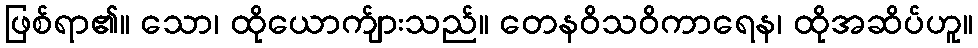
ဖြစ်ရာ၏။ သော၊ ထိုယောက်ျားသည်။ တေနဝိသဝိကာရေန၊ ထိုအဆိပ်ဟူ။